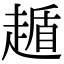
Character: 䞺